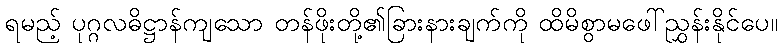
ရမည့် ပုဂ္ဂလဓိဋ္ဌာန်ကျသော တန်ဖိုးတို့၏ခြားနားချက်ကို ထိမိစွာမဖေါ်ညွှန်းနိုင်ပေ။